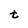
Character: t